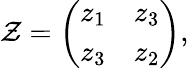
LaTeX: \mathcal{Z}=\left(\begin{array}{crc}{{z_{1}}}&{{z_{3}}}\\ {{z_{3}}}&{{z_{2}}}\end{array}\right),